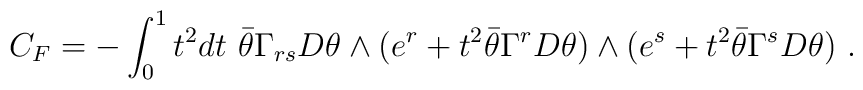
C_F=- \int _0^1 t^2dt~ {\bar \theta} \Gamma_{rs}D\theta \wedge (e^r+ t^2 \bar\theta \Gamma^r D\theta)\wedge (e^s+ t^2 \bar\theta \Gamma^s D\theta)\ .